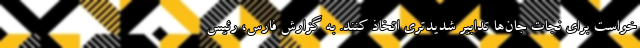
خواست برای نجات جان‌ها تدابیر شدیدتری اتخاذ کنند. به گزارش فارس، رئیس